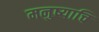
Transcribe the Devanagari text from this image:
मनुष्याचि